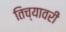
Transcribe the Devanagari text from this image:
तिच्यावरी